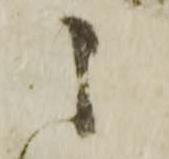
之